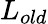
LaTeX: L_{old}